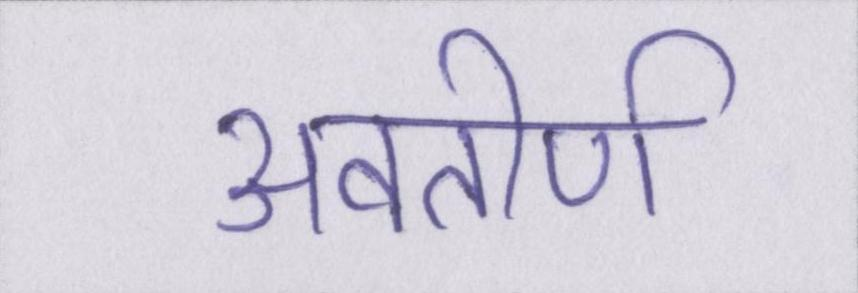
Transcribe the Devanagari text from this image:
अवतीर्ण